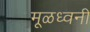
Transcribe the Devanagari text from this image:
मूळध्वनी